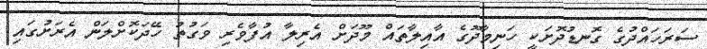
ސަރަހައްދުގެ ގޮނޑުދޮށަކީ ހަނިމާދޫގެ އާއިލާތައް މޫދަށް އެރިލާ އުފާވެރި ވަގުތު ހޭދަކޮށްލަން އެރަށުގައި